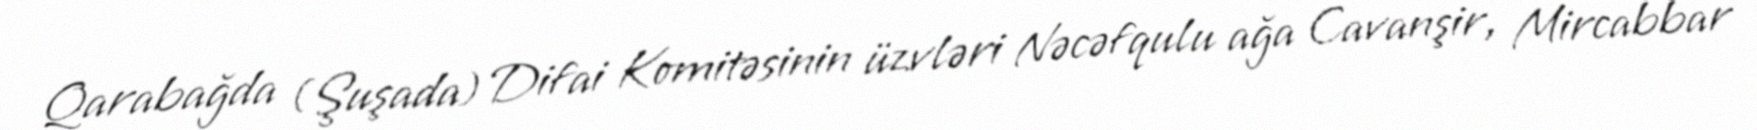
Qarabağda (Şuşada) Difai Komitəsinin üzvləri Nəcəfqulu ağa Cavanşir, Mircabbar